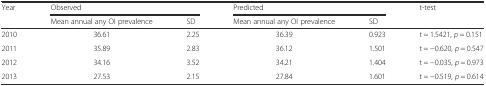
<table><thead><tr><td rowspan="2"><b>Year</b></td><td colspan="2"><b>Observed</b></td><td colspan="2"><b>Predicted</b></td><td rowspan="2"><b>t-test</b></td></tr><tr><td><b>Mean annual any OI prevalence</b></td><td><b>SD</b></td><td><b>Mean annual any OI prevalence</b></td><td><b>SD</b></td></tr></thead><tbody><tr><td>2010</td><td>36.61</td><td>2.25</td><td>36.39</td><td>0.923</td><td>t = 1.5421, <i>p</i> = 0.151</td></tr><tr><td>2011</td><td>35.89</td><td>2.83</td><td>36.12</td><td>1.501</td><td>t = −0.620, <i>p</i> = 0.547</td></tr><tr><td>2012</td><td>34.16</td><td>3.52</td><td>34.21</td><td>1.404</td><td>t = −0.035, <i>p</i> = 0.973</td></tr><tr><td>2013</td><td>27.53</td><td>2.15</td><td>27.84</td><td>1.601</td><td>t = −0.519, <i>p</i> = 0.614</td></tr></tbody></table>